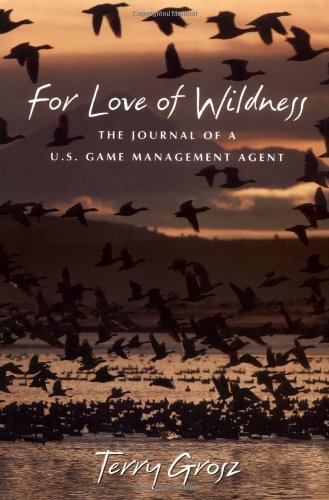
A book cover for For Love of Wildness: The Journal of A U.S. Game Management Agent; Terry Grosz; Humor & Entertainment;